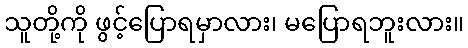
သူတို့ကို ဖွင့်ပြောရမှာလား၊ မပြောရဘူးလား။